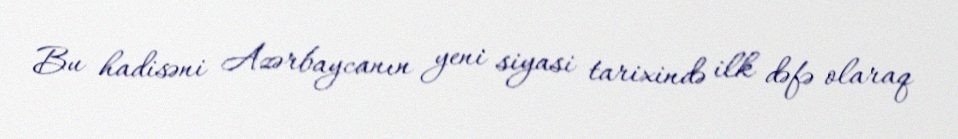
Bu hadisəni Azərbaycanın yeni siyasi tarixində ilk dəfə olaraq